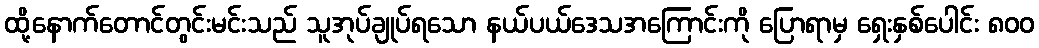
ထို့နောက်တောင်တွင်းမင်းသည် သူအုပ်ချုပ်ရသော နယ်ပယ်ဒေသအကြောင်းကို ပြောရာမှ ရှေးနှစ်ပေါင်း ၈၀၀